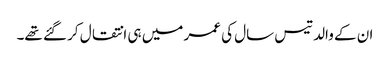
ان کے والد تیس سال کی عمر میں ہی انتقال کر گئے تھے۔